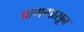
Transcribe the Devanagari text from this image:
प्राणापासून